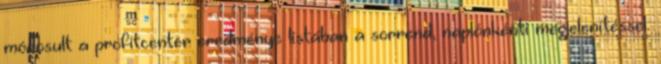
módosult a profitcenter eredménye listában a sorrend, naplónkénti megjelenítéssel.